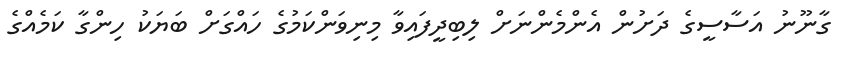
ގާނޫނު އަސާސީގެ ދަށުން އެންމެންނަށް ލިބިދީފައިވާ މިނިވަންކަމުގެ ހައްގަށް ބަޔަކު ހިންގާ ކަމެއްގެ